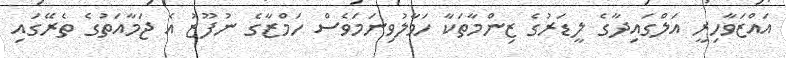
އައްޒަވާހިރީ އަލްގައިދާގެ ލީޑަރުގެ ޒިންމާތަކާ ހަވާލުވިނަމަވެސް ހަމްޒާގެ ނުފޫޒު އެ ޖަމާއަތުގެ ތެރޭގައި